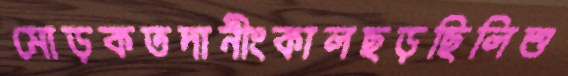
মোড়কতদানীংকালছড়ছিলিশু